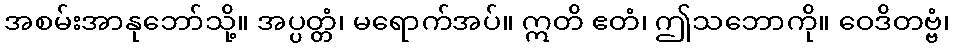
အစမ်းအာနုဘော်သို့။ အပ္ပတ္တံ၊ မရောက်အပ်။ ဣတိ ဧတံ၊ ဤသဘောကို။ ဝေဒိတဗ္ဗံ၊